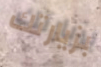
بزيارتك